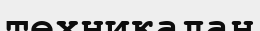
техникадан